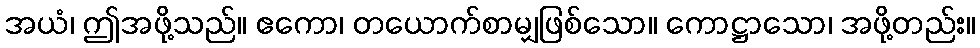
အယံ၊ ဤအဖို့သည်။ ဧကော၊ တယောက်စာမျှဖြစ်သော။ ကောဋ္ဌာသော၊ အဖို့တည်း။